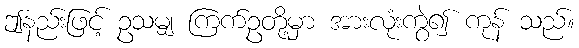
ဤနည်းဖြင့် ဥသမျှ ကြက်ဥတို့မှာ အားလုံးကွဲ၍ ကုန် သည်။